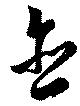
含